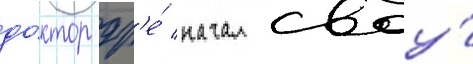
до́ктор др'е́ начал своу́